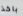
باخذ